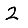
Digit: 2